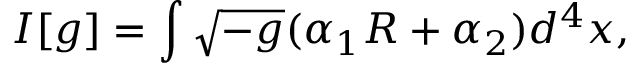
I [ g ] = \int \sqrt { - g } ( \alpha _ { 1 } R + \alpha _ { 2 } ) d ^ { 4 } x ,